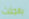
بالجثث